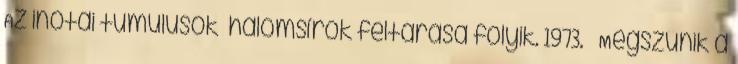
Az inotai tumulusok halomsírok feltárása folyik. 1973. – Megszűnik a